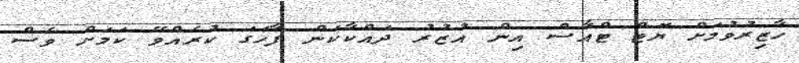
ހާޒިރުވުމަށް ޔޮޓް ޓްއާސް އިން އުޒުރު ދައްކާކަން ފާހަގަ ކުރެއްވޭ ކަމަށް ވެސް